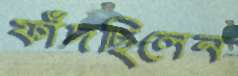
ফাঁদছিলেন